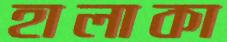
হালাকা